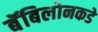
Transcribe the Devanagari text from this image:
बॅबिलोनकडे